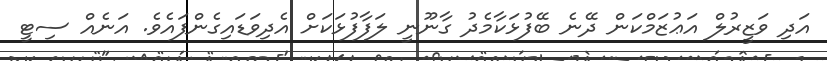
އަދި ވަޒީރުލް އަޢުޒަމްކަން ދޭނެ ބޭފުޅަކާމެދު ގާނޫނީ ލަފާފުޅަކަށް އެދިވަޑައިގެންފައެވެ. އަނެއް ސިޓީ